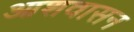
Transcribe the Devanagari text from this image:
आशवासन